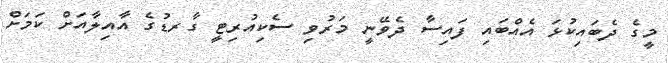
މީގެ ދެބައިކުޅަ އެއްބައި ފައިސާ ދެވޭނީ މަރުވި ސެކިއުރިޓީ ގާރޑުގެ އާއިލާއަށް ކަމަށް